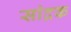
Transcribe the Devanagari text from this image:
सांद्रक